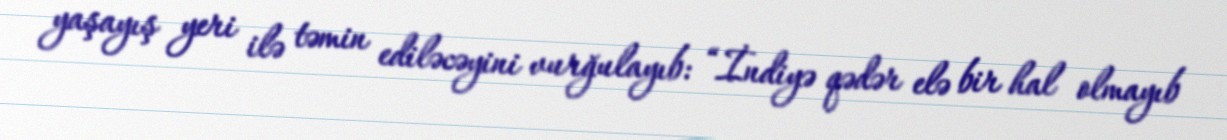
yaşayış yeri ilə təmin ediləcəyini vurğulayıb: “İndiyə qədər elə bir hal olmayıb